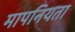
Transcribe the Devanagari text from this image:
मापनियता